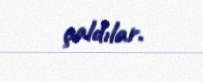
çaldılar.